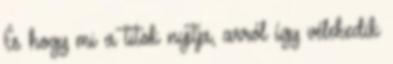
És hogy mi a titok nyitja, arról így vélekedik